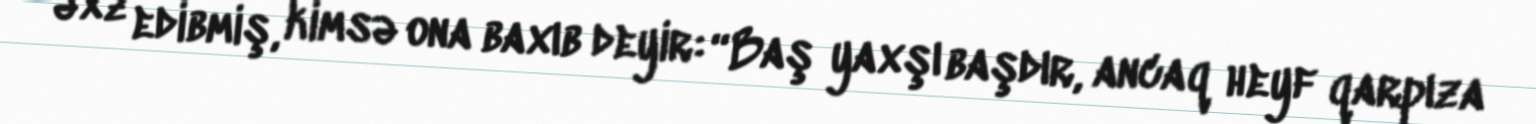
əxz edibmiş, kimsə ona baxıb deyir: “Baş yaxşı başdır, ancaq heyf qarpıza